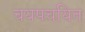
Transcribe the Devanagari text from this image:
चयपचयित